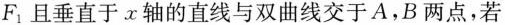
F_{1}且垂直于x轴的直线与双曲线交于A，B两点，若